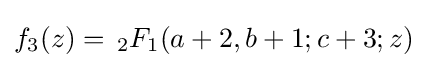
f_{3}(z)=\,_{2}F_{1}(a+2,b+1;c+3;z)